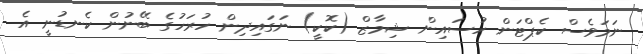
ނަމަވެސް ކެޕްޓަން ހުސައިން ޝިމާޒް (ކޮކީ) ނަގައިދިން ހުރަހުގެ ބޭނުން ކެނޑުނީ އެ